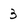
Character: 3